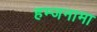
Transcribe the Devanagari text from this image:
हम्जनामा